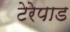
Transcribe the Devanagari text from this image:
टेरेपाड